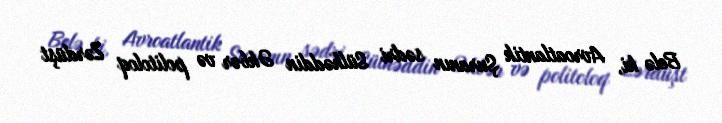
Belə ki, Avroatlantik Şuranın sədri Sülhəddin Əkbər və politoloq Zərdüşt